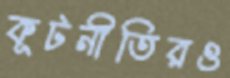
কূটনীতিরও